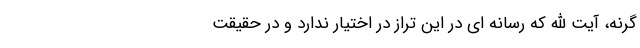
گرنه، آیت الله که رسانه ای در این تراز در اختیار ندارد و در حقیقت